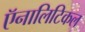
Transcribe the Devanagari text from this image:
ऍनालिटिकल